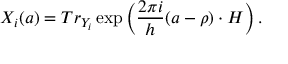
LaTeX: X _ { i } ( a ) = T r _ { Y _ { i } } \exp \left( \frac { 2 \pi i } h ( a - \rho ) \cdot H \right) .